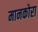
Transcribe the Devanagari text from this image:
मानकोरा